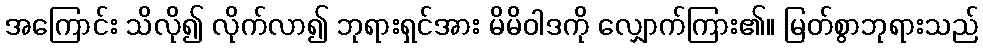
အကြောင်း သိလို၍ လိုက်လာ၍ ဘုရားရှင်အား မိမိဝါဒကို လျှောက်ကြား၏။ မြတ်စွာဘုရားသည်